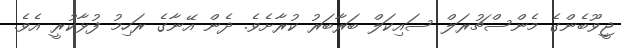
ޖީވޫބެންގެ މެންސްޗުރަލް ސައިކަލް ބަރާބަރު ކުރާށެވެ. ދެން އޭނާގެ ރަހިމު ފުޅާކުރީ އެވެ.